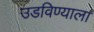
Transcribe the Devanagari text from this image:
उडविण्याला